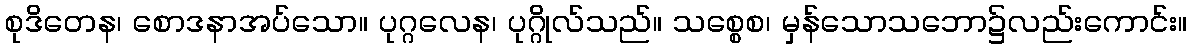
စုဒိတေန၊ စောဒနာအပ်သော။ ပုဂ္ဂလေန၊ ပုဂ္ဂိုလ်သည်။ သစ္စေစ၊ မှန်သောသဘော၌လည်းကောင်း။